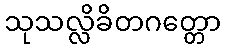
သုသလ္လိခိတဂတ္တော